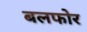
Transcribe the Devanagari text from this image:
बलफोर